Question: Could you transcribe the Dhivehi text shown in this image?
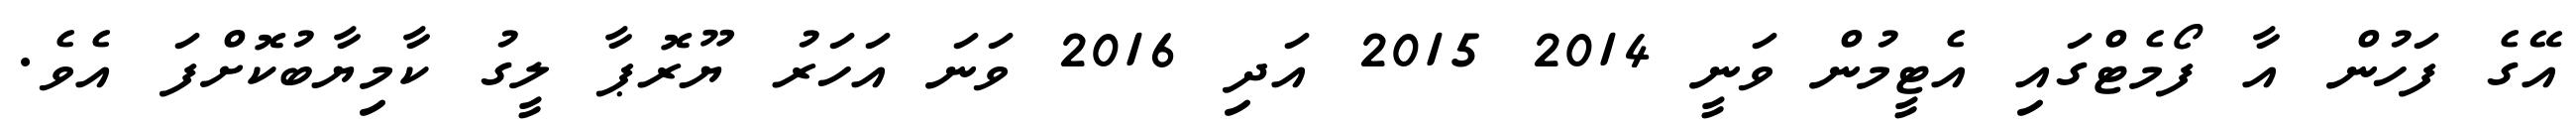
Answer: އޭގެ ފަހުން އާ ފޯމެޓްގައި އެޓީމުން ވަނީ 2014 2015 އަދި 2016 ވަނަ އަހަރު ޔޫރޮޕާ ލީގު ކާމިޔާބުކޮށްފަ އެވެ.